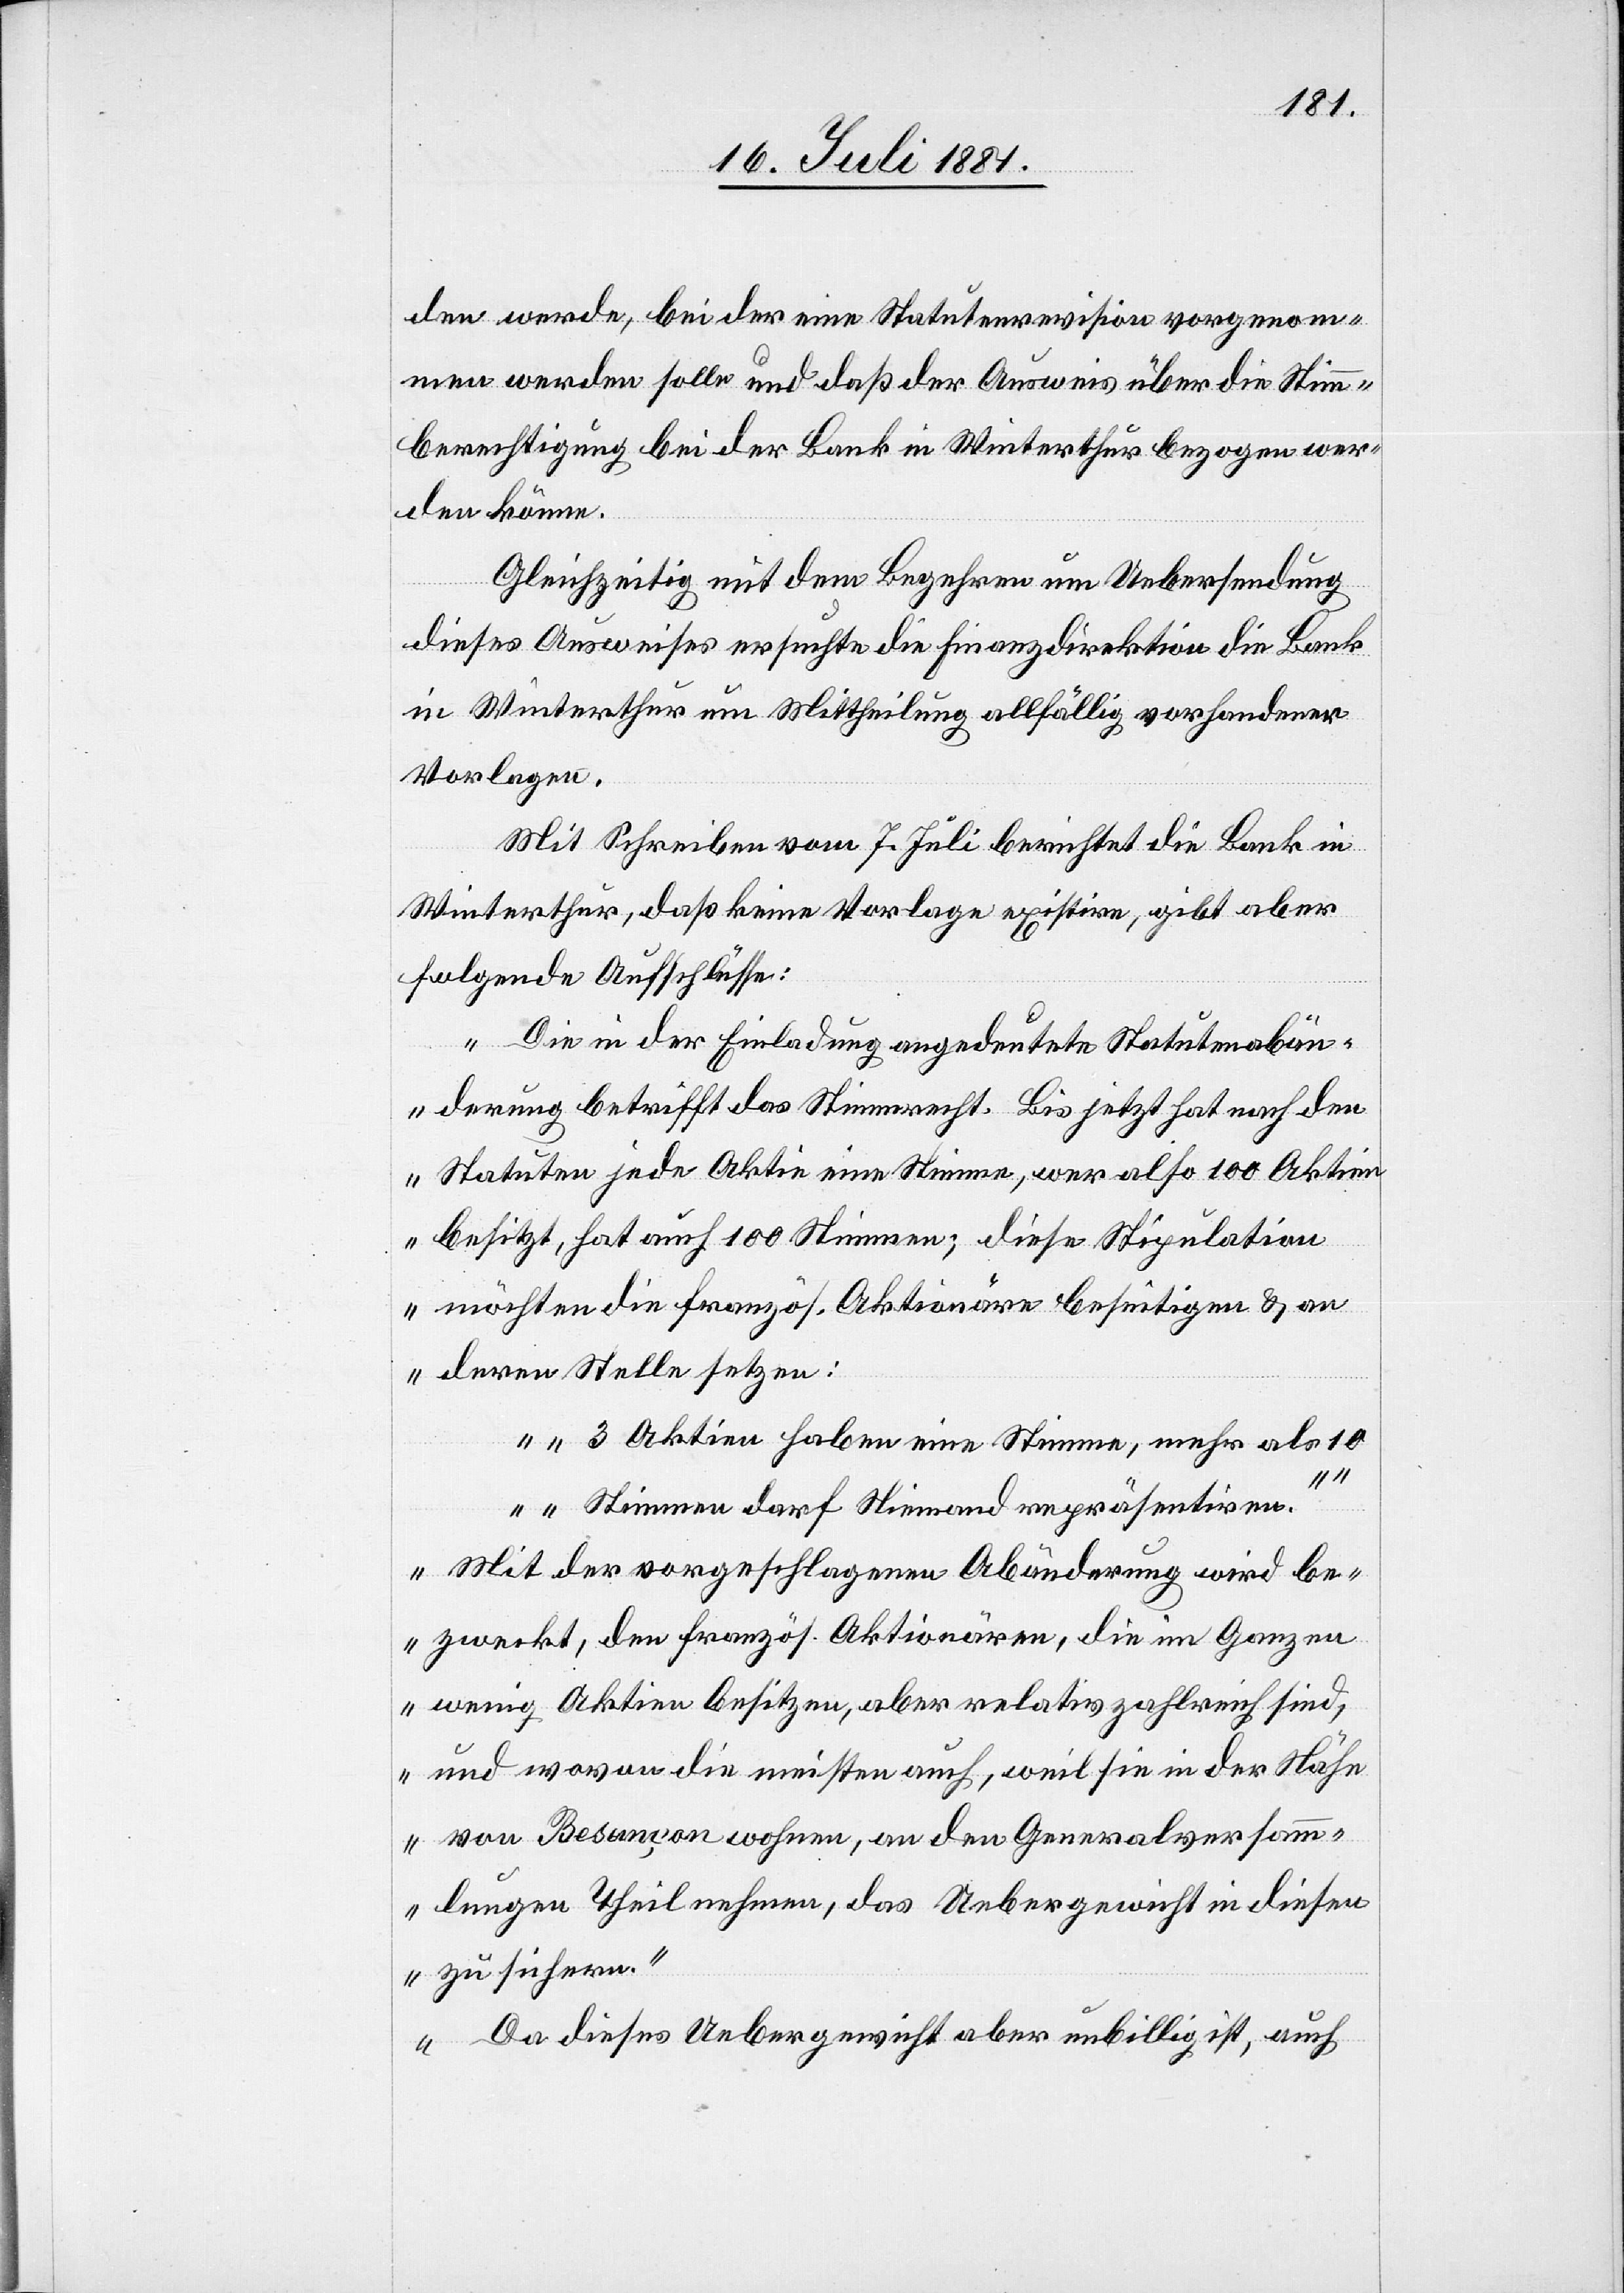
den werde, bei der eine Statutenrevision vorgenom¬
men werden solle und daß der Ausweis über die Stimm¬
berechtigung bei der Bank in Winterthur bezogen wer¬
den könne.
Gleichzeitig mit dem Begehren um Uebersendung
dieses Ausweises ersuchte die Finanzdirektion die Bank
in Winterthur um Mittheilung allfällig vorhandener
Vorlagen.
Mit Schreiben vom 7. Juli berichtet die Bank in
Winterthur, daß keine Vorlage existire, gibt aber
folgende Aufschlüsse:
„Die in der Einladung angedeutete Statutenabän¬
derung betrifft das Stimmrecht. Bis jetzt hat nach den
Statuten jede Aktie eine Stimme, wer also 100 Aktien
besitzt, hat auch 100 Stimmen; diese Stipulation
möchten die französ. Aktionäre beseitigen & an
deren Stelle setzen:
„3 Aktien haben eine Stimme, mehr als
10 Stimmen darf Niemand repräsentiren.“
Mit der vorgeschlagenen Abänderung wird be¬
zweckt, den französ. Aktionären, die im Ganzen
wenig Aktien besitzen, aber relativ zahlreich sind,
und wovon die meisten auch, weil sie in der Nähe
von Besançon wohnen, an den Generalversam¬
mlungen Theil nehmen, das Uebergewicht in diesen
zu sichern.
Da dieses Uebergewicht aber unbillig ist, auch